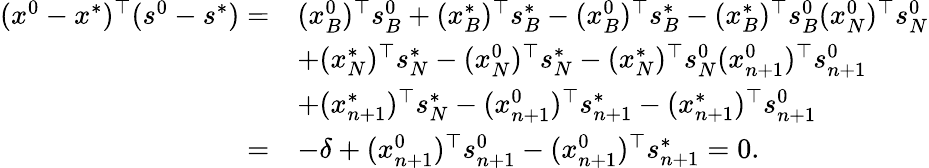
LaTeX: \begin{array}{rl}{(x^{0}-x^{*})^{\top}(s^{0}-s^{*})=}&{(x_{B}^{0})^{\top}s_{B}^{0}+(x_{B}^{*})^{\top}s_{B}^{*}-(x_{B}^{0})^{\top}s_{B}^{*}-(x_{B}^{*})^{\top}s_{B}^{0}(x_{N}^{0})^{\top}s_{N}^{0}}\\ &{+(x_{N}^{*})^{\top}s_{N}^{*}-(x_{N}^{0})^{\top}s_{N}^{*}-(x_{N}^{*})^{\top}s_{N}^{0}(x_{n+1}^{0})^{\top}s_{n+1}^{0}}\\ &{+(x_{n+1}^{*})^{\top}s_{N}^{*}-(x_{n+1}^{0})^{\top}s_{n+1}^{*}-(x_{n+1}^{*})^{\top}s_{n+1}^{0}}\\ {=}&{-\delta+(x_{n+1}^{0})^{\top}s_{n+1}^{0}-(x_{n+1}^{0})^{\top}s_{n+1}^{*}=0.}\end{array}